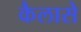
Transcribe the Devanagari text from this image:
कैलासे